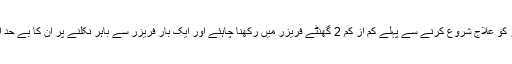
جواب: تھرمل بورڈز کو علاج شروع کرنے سے پہلے کم از کم 2 گھنٹے فریزر میں رکھنا چاہئے اور ایک بار فریزر سے باہر نکلنے پر ان کا بے حد استعمال کرنا چاہئے۔